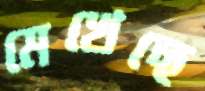
মেখেছে